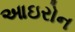
આઇરોન